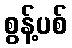
စွန့်ပစ်